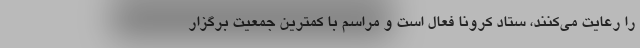
را رعایت می‌کنند، ستاد کرونا فعال است و مراسم‌ با کمترین جمعیت برگزار